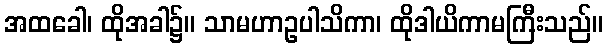
အထခေါ၊ ထိုအခါ၌။ သာမဟာဥပါသိကာ၊ ထိုဒါယိကာမကြီးသည်။